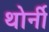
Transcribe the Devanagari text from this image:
थोर्नी